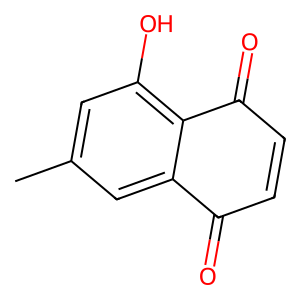
SMILES: Cc1cc(O)c2c(c1)C(=O)C=CC2=O
Inhibits HIV replication: No